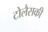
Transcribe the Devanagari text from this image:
टोलैसकी